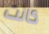
كانت